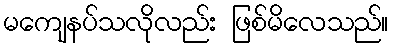
မကျေနပ်သလိုလည်း ဖြစ်မိလေသည်။